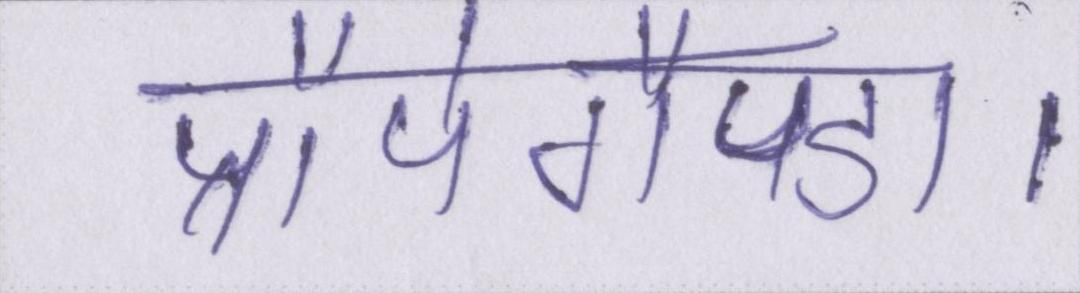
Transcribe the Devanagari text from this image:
प्रौपेगैण्डा।